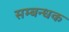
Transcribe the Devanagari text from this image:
सम्बन्धक